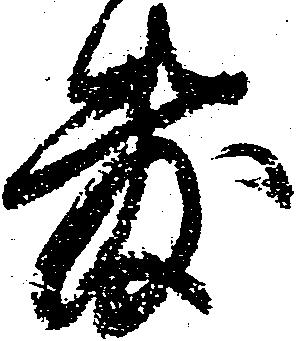
敷